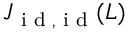
J _ { \textnormal { i d } , \textnormal { i d } } ( L )